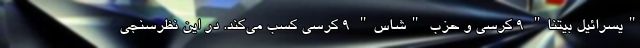
"یسرائیل بیتنا" ۹ کرسی و حزب "شاس" ۹ کرسی کسب می‌کند. در این نظرسنجی